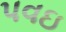
પવઇ